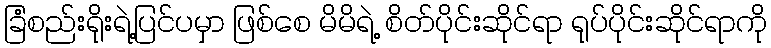
ခြံစည်းရိုးရဲ့ပြင်ပမှာ ဖြစ်စေ မိမိရဲ့ စိတ်ပိုင်းဆိုင်ရာ ရုပ်ပိုင်းဆိုင်ရာကို